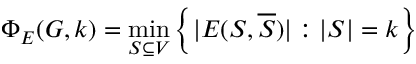
\Phi _ { E } ( G , k ) = \operatorname* { m i n } _ { S \subseteq V } \left\{ | E ( S , { \overline { { S } } } ) | : | S | = k \right\}